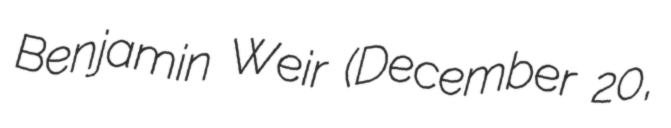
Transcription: Benjamin Weir (December 20,